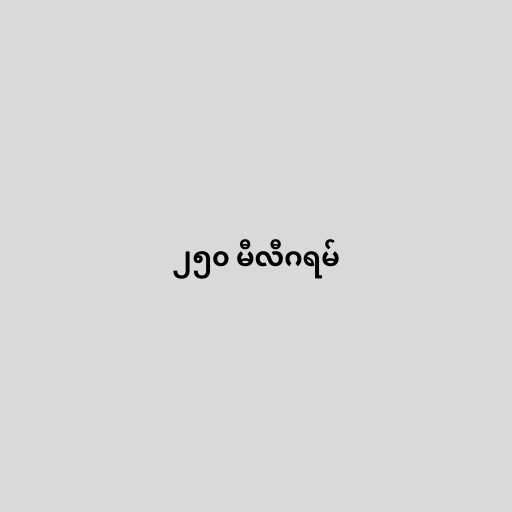
၂၅၀ မီလီဂရမ်